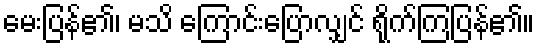
မေးပြန်၏၊ မသိ ကြောင်းပြောလျှင် ရိုက်ကြပြန်၏။